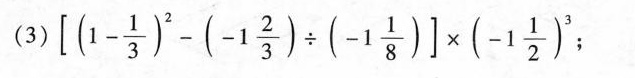
(3) $$\left[ ( 1- \frac {1}{3})^{2} - ( - 1 \frac{2}{3} ) \div ( - 1 \frac{1}{8} ) \right] \times ( - 1 \frac{1}{2} )^{3}$$ ；